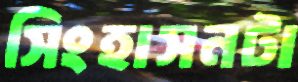
সিংহাসনটা